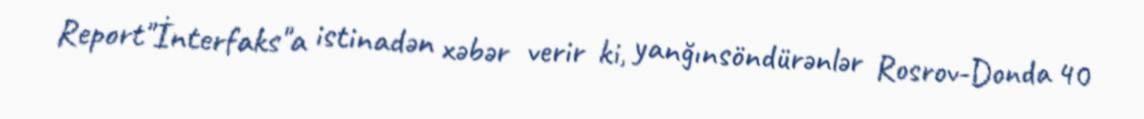
Report"İnterfaks"a istinadən xəbər verir ki, yanğınsöndürənlər Rosrov-Donda 40